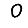
Digit: 0